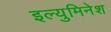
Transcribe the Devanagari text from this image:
इल्युमिनेश